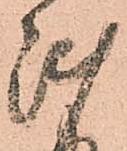
陣